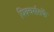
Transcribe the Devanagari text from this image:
पिक्चर्सतर्फे